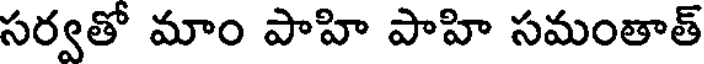
సర్వతో మాం పాహి పాహి సమంతాత్